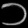
Digit: ၁